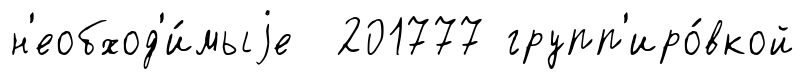
н'еобход'и́мыjе 201777 групп'иро́вкой